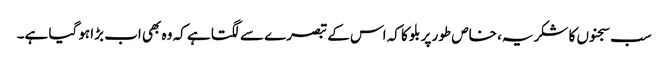
سب سجنوں کا شکریہ، خاص طور پر بلو کا کہ اس کے تبصرے سے لگتا ہے کہ وہ بھی اب بڑا ہوگیا ہے۔